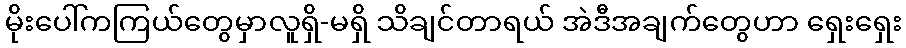
မိုးပေါ်ကကြယ်တွေမှာလူရှိ-မရှိ သိချင်တာရယ် အဲဒီအချက်တွေဟာ ရှေးရှေး